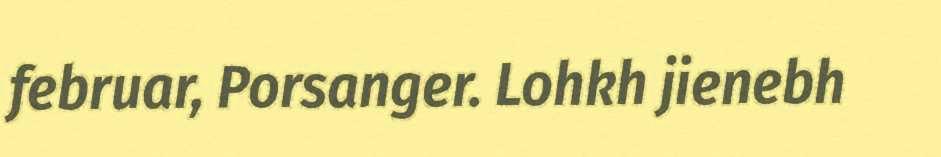
februar, Porsanger. Lohkh jienebh